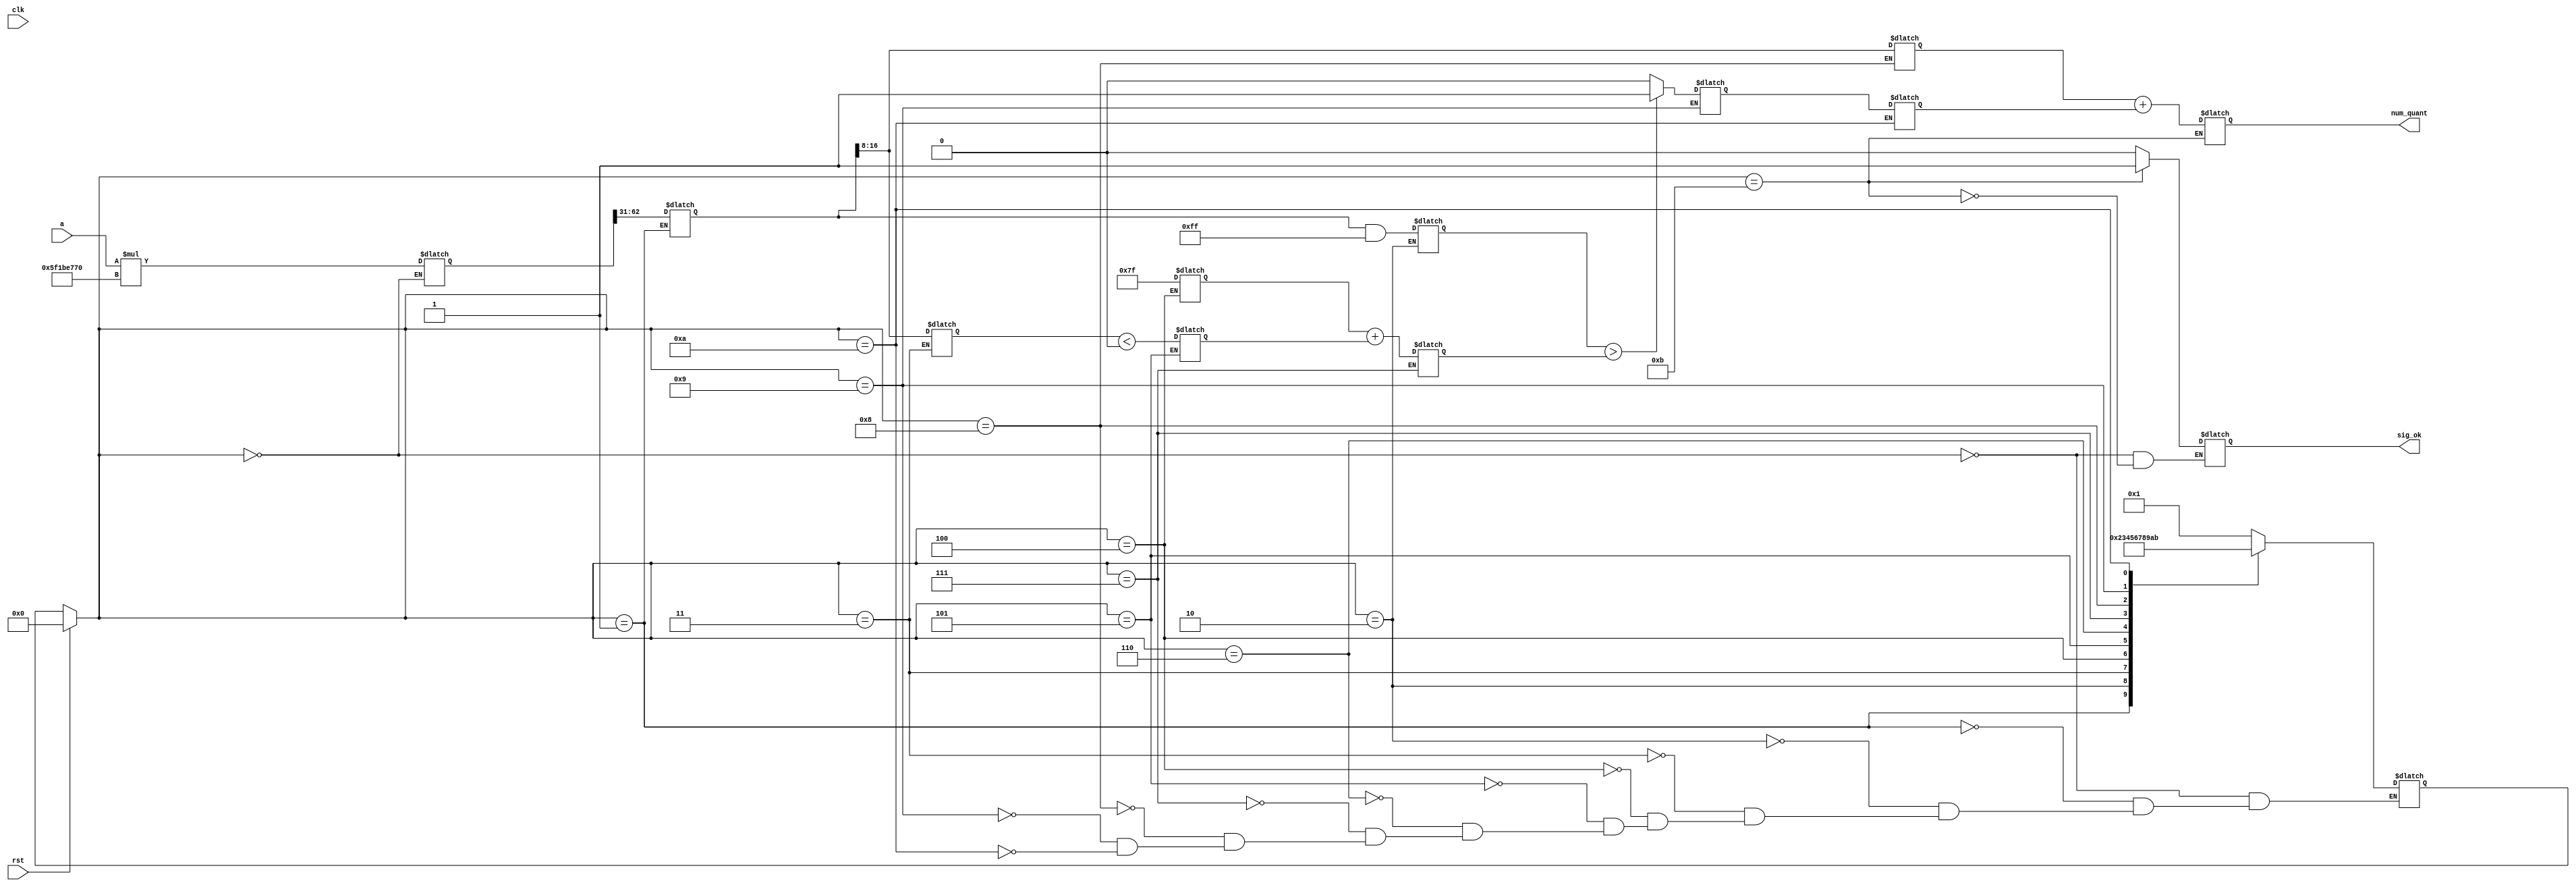
`timescale 1ns / 1ps
//////////////////////////////////////////////////////////////////////////////////
// Company: 
// Engineer: 
// 
// Design Name: 
// Module Name: quantization
// Project Name: 
// Target Devices: 
// Tool Versions: 
// Description: 
// 
// Dependencies: 
// 
// Revision:
// Revision 0.01 - File Created
// Additional Comments:
// 
//////////////////////////////////////////////////////////////////////////////////



module quantization
#(
//Convolution
parameter addressWidthConv=10, dataWidthConv=16,

parameter n_c = 5'd28,  //number of column matrix image 
parameter n_r = 5'd28,  //number of rows matrix image 
parameter col_fil = 5'd3, //number of columns of filter
parameter row_fil = 5'd3, //number of rows of filter
                       
parameter s0 = 4'b0000, s1 = 4'b0001, s2 = 4'b0010, s3 = 4'b0011, s4 = 4'b0100,
parameter s5 = 4'b0101, s6 = 4'b0110, s7 = 4'b0111, s8 = 4'b1000, s9 = 4'b1001,
parameter s10 = 4'b1010, s11 = 4'b1011, s12 = 4'b1100, s13 = 4'b1101, s14 = 4'b1110,
           

parameter pwd = "/home/javier/Documents/fpga_implementations_of_neural_networks/CNN/02_hardware/01_test_vivado/04_convolution/04_convolution.srcs/sources_1/new/rstl_conv2.txt",


//counter for memory of result of convolution
parameter counterWidth= 10,


//memory filter
parameter numWeightFilter = 10, addressWidthFilter=4, dataWidthFilter=16,
parameter weightFileFilter="/home/javier/Documents/fpga_implementations_of_neural_networks/CNN/02_hardware/01_test_vivado/project_7/project_7.srcs/sources_1/new/filter1.txt",
   
//memory image
parameter numWeightImg = 784, 
parameter addressWidthImg=10, dataWidthImg= 16,
parameter weightFileImg="/home/javier/Documents/fpga_implementations_of_neural_networks/CNN/02_hardware/01_test_vivado/project_7/project_7.srcs/sources_1/new/image.mem",
      
//quantization
//parameter q = 64'd2014687024, //q = 31'b1111000000101011010111100110000
parameter q = 64'd1595664240, //q = 31'b1111000000101011010111100110000
parameter mask = 8'd255,
parameter zero = 1'd0,
parameter one = 1'd1,
parameter offset_ent = 6,
parameter offset_sor = -1,
	
	
//memory_rstl_conv
parameter numWeightRstlConv = 676,
parameter addressWidthRstlConv=10, 
parameter dataWidthRstlConv=8

)

(clk,rst,a,num_quant,sig_ok);

    input clk, rst;
    input [63:0] a;
    output [8:0] num_quant;
    output sig_ok;
    
    reg [3:0] present_state, next_state;
    wire clk_1s;
    
    //reg [64:0] a;  
    reg [63:0] result1;
    reg [31:0] result2;
    reg [8:0]  result3;
    reg [8:0]  result4;
    reg [31:0] remainder;
    reg [8:0] thld1;
    reg thld2;
    reg thld3;
    reg [8:0] threshold;
    reg [8:0] res1;
    reg [8:0] res2;
    reg res3;
    reg [8:0] res4;
    reg ok = 0;                

    always @(clk) //Present estate 
    begin
        if(rst)
        begin
            present_state <= s0;
            
        end
        else
        begin
            present_state <= next_state;
        end         
    end  

    always @(*)
    begin
        case(present_state)
            s0:
                next_state <= s1;
            s1:
                next_state <= s2;
            s2:
                next_state <= s3;
            s3:
                next_state <= s4;
            s4:
                next_state <= s5;
            s5:
                next_state <= s6;
            s6:
                next_state <= s7;
            s7:
                next_state <= s8;  
            s8:
                next_state <= s9;
            s9:
                next_state <= s10;
            s10:
                next_state <= s11;                                                                                        
        endcase                
    end

    //===================    
    // Output logic
    //===================     
    always @ (*) begin
      case (present_state)
        s0: 
        begin
            //led <= 4'b0000;
            result1 <= a*q;
            ok <= 0;  
        end
        s1:
        begin    
            //led <= 4'b0001;
            result2 <= result1 >>> 31;
        end
        s2:
        begin
            //led <= 4'b0010;
            remainder <= result2 & mask;
        end
        s3:
        begin
            //led <= 4'b0011;
            result3 <= result2 >>> 8;
        end
        s4:
        begin
            //led <= 4'b0100;
            thld1 <= mask >>> 1;//ShiftRight(mask, 1)
        end
        s5:
        begin
            //led <= 4'b0101;
            thld2 <= ($signed(result3) < $signed(zero)); //MaskIfLessThan(x, zero)
        end
        s6:
        begin
            //led <= 4'b0110;
            thld3 <= thld2 & 1; //BitAnd(MaskIfLessThan(x, zero), one))
        end
        s7:
        begin
            //led <= 4'b0111;
            threshold <= thld1 + thld2; //Add(ShiftRight(mask, 1), BitAnd(MaskIfLessThan(x, zero), one));
        end    
        s8:
        begin
            //led <= 4'b1000;
            res1 <= result2 >>> 8; //ShiftRight(x, exponent)
        end
        s9:
        begin 
            //led <= 4'b1001;
            if($signed(remainder) > $signed(threshold))
            begin
                res2 <= -1'd1;
            end
            else begin
                res2 <= -1'd0;
            end              
        end
        s10:
        begin
            res3 <= res2 & one; //BitAnd( MaskIfGreaterThan(remainder, threshold), one ) 
            
        end
        s11:
        begin
            result4 <= res1 + res3; //Add( ShiftRight(x, exponent),BitAnd( MaskIfGreaterThan(remainder, threshold), one ) ); 
          ok <= 1; 
        end
      endcase 
    end 

    assign num_quant = result4;
    assign sig_ok = ok;

endmodule

















//>>> entree = [[-100,-101,-102,-103,-104,-105,],[-106,-107,-108,-109,-110,-111],[-112,-113,-114,-115,-116,-117],[-118,-119,-120,-121,>>> entree = [[-100,-101,-102,-103,-104,-105,],[-106,-107,-108,-109,-110,-111],[-112,-113,-114,-115,-116,-117],[-118,-119,-120,-121,-122,-123],[-124,-125,-126,-127,-128,-129]]
//>>> entree = np.array(entree)
//>>> conv_test = conv_np(entree, filtre, bias, M0.value, shift.value, offset_ent, offset_sor, verbose=1);
//>>> 
//>>> conv_test.shape
//(3, 4)
//>>> conv_test
//array([[77., 77., 78., 79.],
//       [82., 83., 83., 84.],
//       [87., 88., 89., 90.]])
//>>>